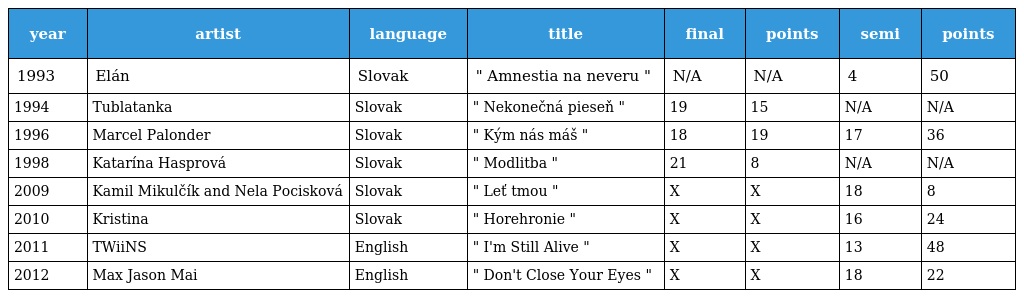
| year | artist | language | title | final | points | semi | points |
 | --- | --- | --- | --- | --- | --- | --- | --- |
 | 1993 | Elán | Slovak | " Amnestia na neveru " | N/A | N/A | 4 | 50 |
 | 1994 | Tublatanka | Slovak | " Nekonečná pieseň " | 19 | 15 | N/A | N/A |
 | 1996 | Marcel Palonder | Slovak | " Kým nás máš " | 18 | 19 | 17 | 36 |
 | 1998 | Katarína Hasprová | Slovak | " Modlitba " | 21 | 8 | N/A | N/A |
 | 2009 | Kamil Mikulčík and Nela Pocisková | Slovak | " Leť tmou " | X | X | 18 | 8 |
 | 2010 | Kristina | Slovak | " Horehronie " | X | X | 16 | 24 |
 | 2011 | TWiiNS | English | " I'm Still Alive " | X | X | 13 | 48 |
 | 2012 | Max Jason Mai | English | " Don't Close Your Eyes " | X | X | 18 | 22 |